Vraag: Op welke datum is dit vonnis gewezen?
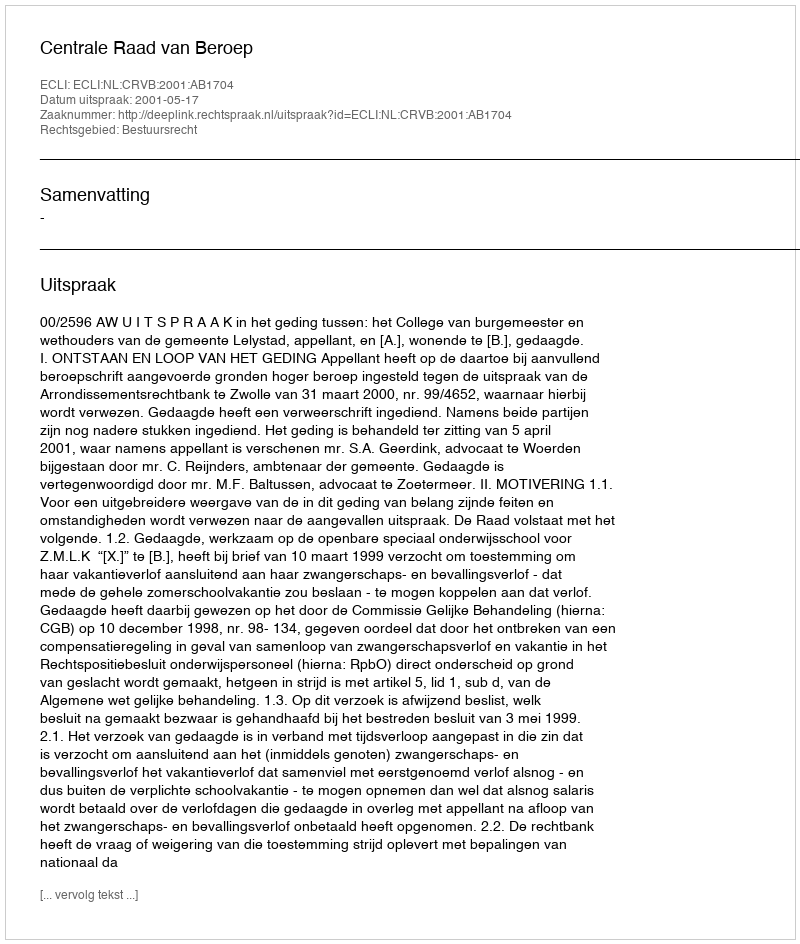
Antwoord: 2001-05-17